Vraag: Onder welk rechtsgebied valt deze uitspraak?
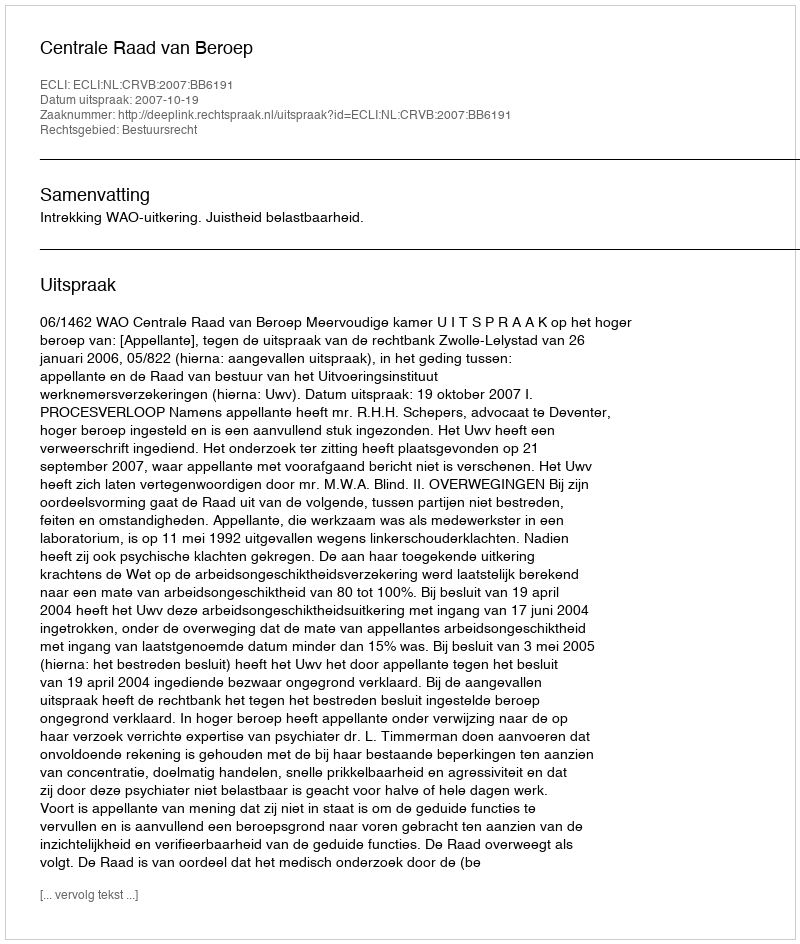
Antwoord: Bestuursrecht